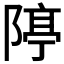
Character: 𨺊